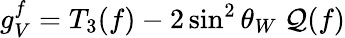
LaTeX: g_{V}^{f}=T_{3}(f)-2\sin^{2}\theta_{W}~\mathcal{Q}(f)